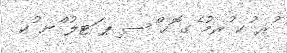
ުރ ުކ ުރމު ެގ ޮހ ްސ ިޕ ަޓލު ްނ ުކ